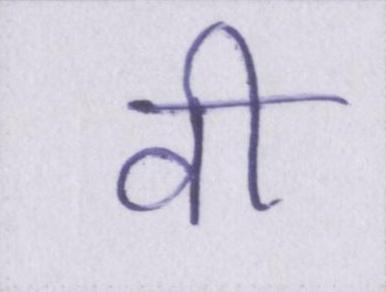
वी